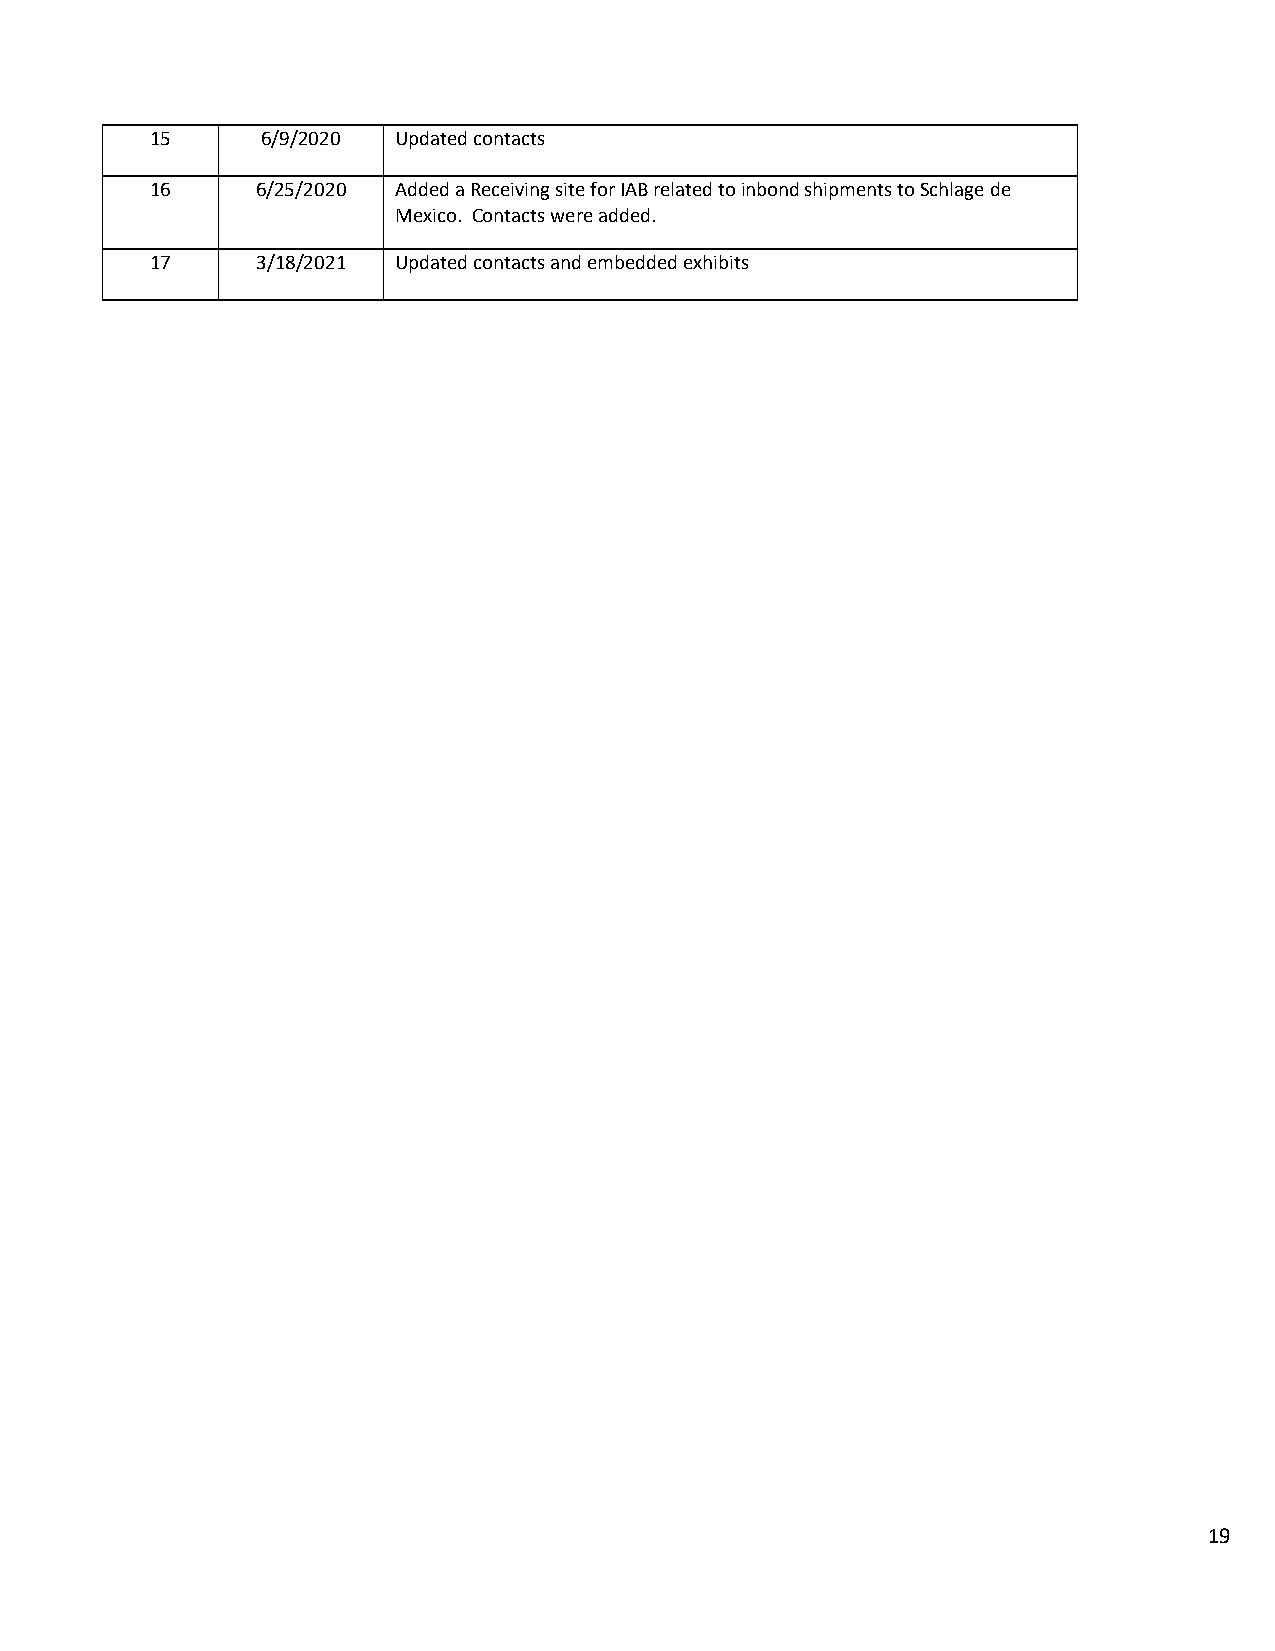
15     6/9/2020 Updated contacts
 16     6/25/2020 Added a Receiving site for IAB related to inbond shipments to Schlage de
 Mexico. Contacts were added.
 17     3/18/2021 Updated contacts and embedded exhibits
 19